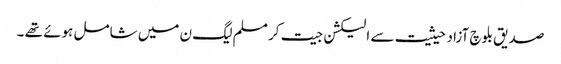
صدیق بلوچ آزاد حیثیت سے الیکشن جیت کر مسلم لیگ ن میں شامل ہوئے تھے ۔